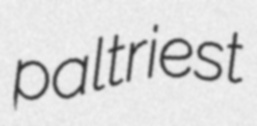
paltriest